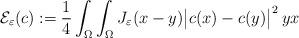
LaTeX: \begin{align*}\mathcal{E}_\varepsilon(c) := \frac{1}{4}\int_{\Omega}\int_{\Omega}J_\varepsilon(x-y)\big|c(x) - c(y)\big|^2\:yx\end{align*}